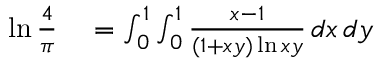
\begin{array} { r l } { \ln { \frac { 4 } { \pi } } } & { { } = \int _ { 0 } ^ { 1 } \int _ { 0 } ^ { 1 } { \frac { x - 1 } { ( 1 + x y ) \ln x y } } \, d x \, d y } \end{array}